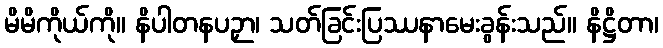
မိမိကိုယ်ကို။ နိပါတနပဉှာ၊ သတ်ခြင်းပြဿနာမေးခွန်းသည်။ နိဋ္ဌိတာ၊